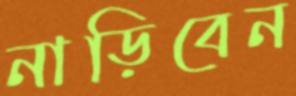
নাড়িবেন